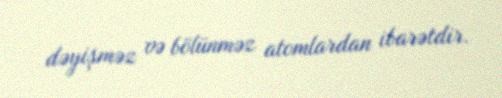
dəyişməz və bölünməz atomlardan ibarətdir.